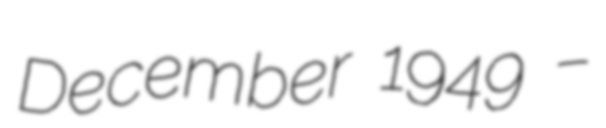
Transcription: December 1949 –